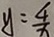
y = \frac { 4 } { x }